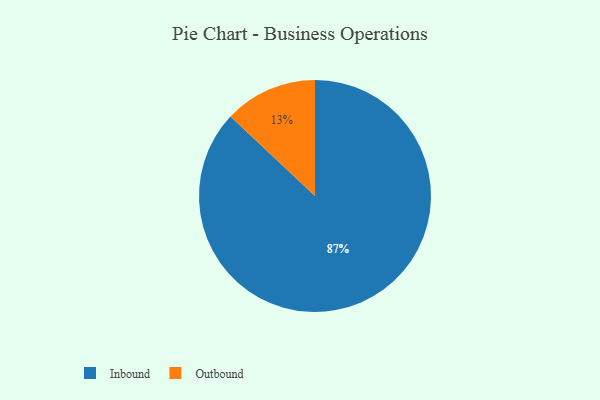
{"axis": {"x": "Category", "y": "Percentage"}, "legend": ["Inbound", "Outbound"], "data": [{"x": "Inbound", "y": 87, "type": "Inbound"}, {"x": "Outbound", "y": 13, "type": "Outbound"}]}